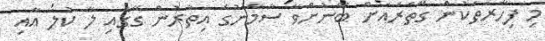
މި ފިހާރަތަކުން ގޭތެރެއަށް ބޭނުންވާ ސާމާނުގެ އިތުރުން ގޭގައި ލާ ކުލަ އާއި